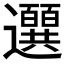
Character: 𫑖